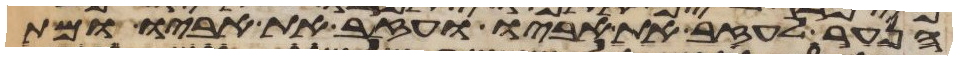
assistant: הנער לעזב את אביו ועזב את אביו ומת